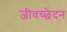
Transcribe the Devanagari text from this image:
जीवच्छेदन